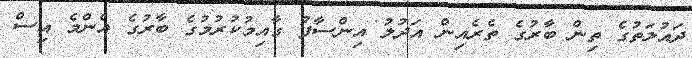
ދައުލަތުގެ ތިން ބާރުގެ ތެރެއިން އަދުލު އިންސާފު ގާއިމުކުރުމުގެ ބާރުގެ އެންމެ އިސް